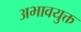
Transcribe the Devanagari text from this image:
अभावयुक्त